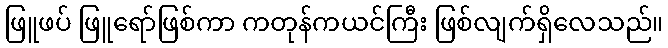
ဖြူဖပ် ဖြူရော်ဖြစ်ကာ ကတုန်ကယင်ကြီး ဖြစ်လျက်ရှိလေသည်။